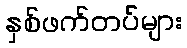
နှစ်ဖက်တပ်များ